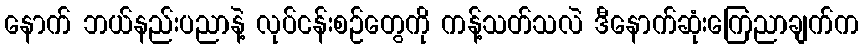
နောက် ဘယ်နည်းပညာနဲ့ လုပ်ငန်းစဉ်တွေကို ကန့်သတ်သလဲ ဒီနောက်ဆုံးကြေညာချက်က